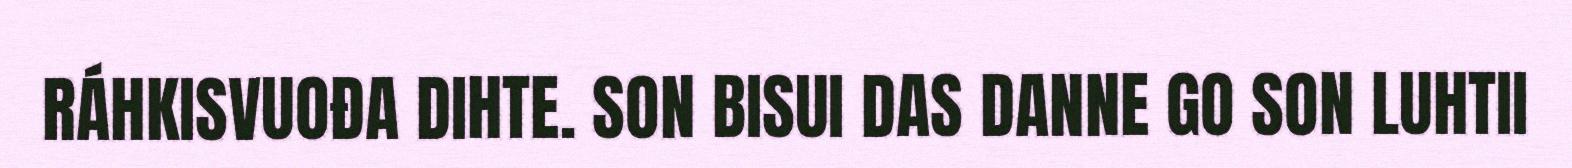
RÁHKISVUOĐA DIHTE. SON BISUI DAS DANNE GO SON LUHTII